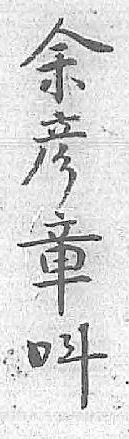
余呌彦 章